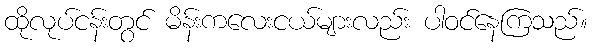
ထိုလုပ်ငန်းတွင် မိန်းကလေးငယ်များလည်း ပါဝင်နေကြသည်။